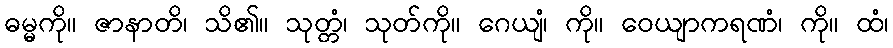
ဓမ္မကို။ ဇာနာတိ၊ သိ၏။ သုတ္တံ၊ သုတ်ကို။ ဂေယျံ၊ ကို။ ဝေယျာကရဏံ၊ ကို။ ထံ၊